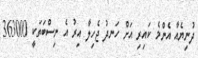
ދުނިޔެއާ އެންމެ ކައިރި އަށް ހަނދު ޖެހިލާ އިރު އެ ނިސްބަތަކީ 363000